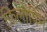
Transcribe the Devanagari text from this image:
फिलोपिन